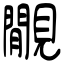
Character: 覵